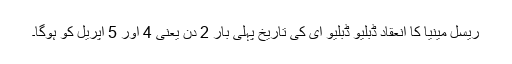
ریسل مینیا کا انعقاد ڈبلیو ڈبلیو ای کی تاریخ پہلی بار 2 دن یعنی 4 اور 5 اپریل کو ہوگا۔